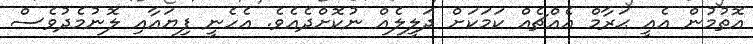
އޮތުމުން އެއީ ޙަރާމް އެއްޗެއް ކަމަކަށް ދަލީލެއް ނުކޮށްދެއެވެ. އެހެނީ ފިޔައާއި ލޮނުމެދުވެސް